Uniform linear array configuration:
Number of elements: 12
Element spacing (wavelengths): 0.5
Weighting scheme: binomial
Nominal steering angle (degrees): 15
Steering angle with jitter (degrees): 16.034
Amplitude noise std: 0.05
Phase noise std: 0.05

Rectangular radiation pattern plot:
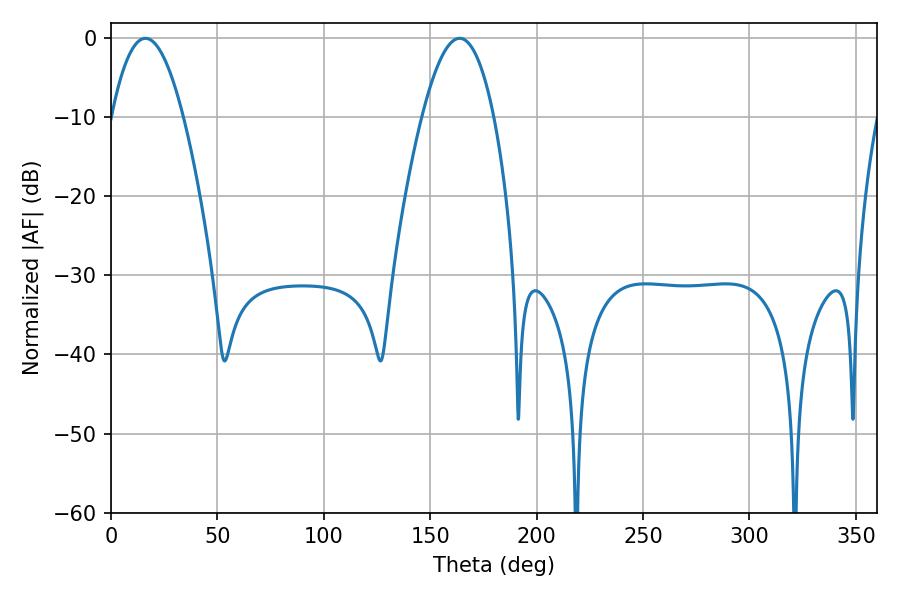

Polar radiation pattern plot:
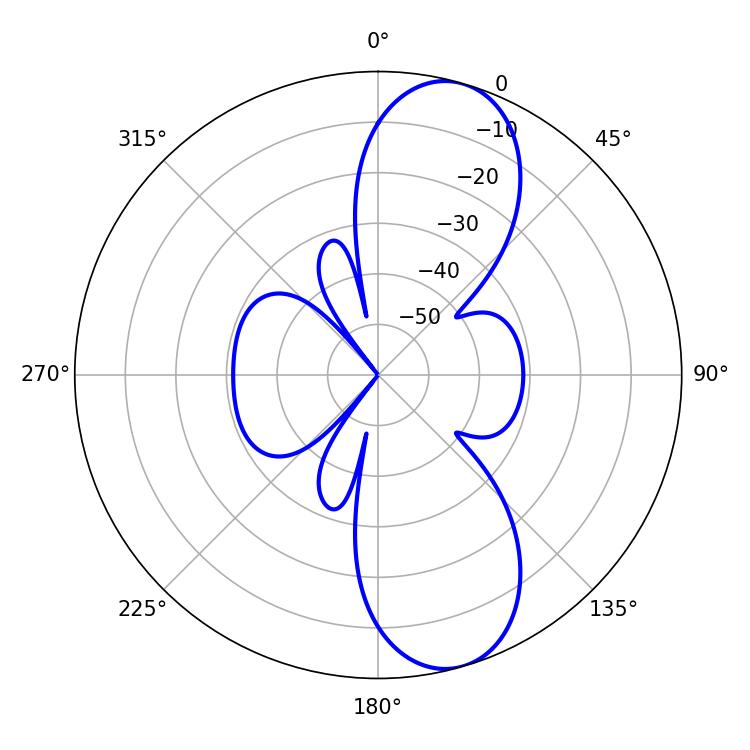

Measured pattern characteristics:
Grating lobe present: FALSE
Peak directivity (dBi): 10.053
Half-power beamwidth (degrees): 18.54
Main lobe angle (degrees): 16.2